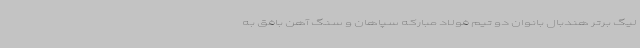
لیگ برتر هندبال بانوان دو تیم فولاد مبارکه سپاهان و سنگ آهن بافق به